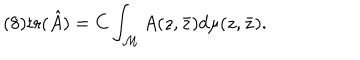
LaTeX: ( 8 ) \mathrm { t r } ( \hat { A } ) = C \int _ { \cal M } A ( z , \bar { z } ) d \mu ( z , \bar { z } ) .